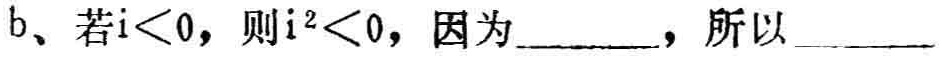
b、若\(i<0\)，则\(i^{2}<0\)，因为________，所以________